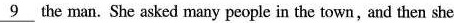
\underline{9} the man. She asked many people in the town, and then she